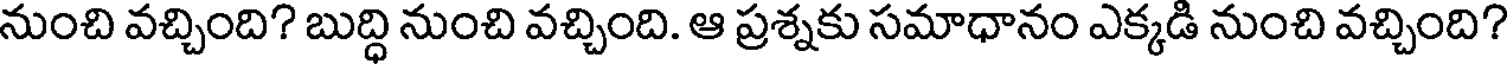
నుంచి వచ్చింది? బుద్ధి నుంచి వచ్చింది. ఆ ప్రశ్నకు సమాధానం ఎక్కడి నుంచి వచ్చింది?